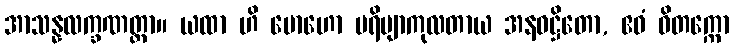
အာသန္နလက္ခဏတ္တာ။ ယထာ ဟိ မောဟော ပရိဗျာကုလတာယ အနဝဋ္ဌိတော, ဧဝံ ဝိတက္ကော